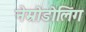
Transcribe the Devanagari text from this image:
नेम्रोडोलिंग